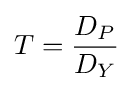
T={\frac {D_{P}}{D_{Y}}}